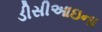
ડીસીઆઇના